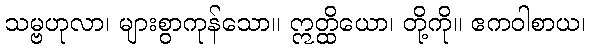
သမ္ဗဟုလာ၊ များစွာကုန်သော။ ဣတ္ထိယော၊ တို့ကို။ ဧကဝါစာယ၊